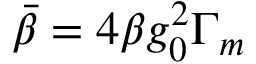
\Bar { \beta } = 4 \beta g _ { 0 } ^ { 2 } \Gamma _ { m }